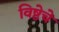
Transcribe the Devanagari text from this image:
विष्ठेचे